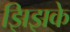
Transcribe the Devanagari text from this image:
झिझके